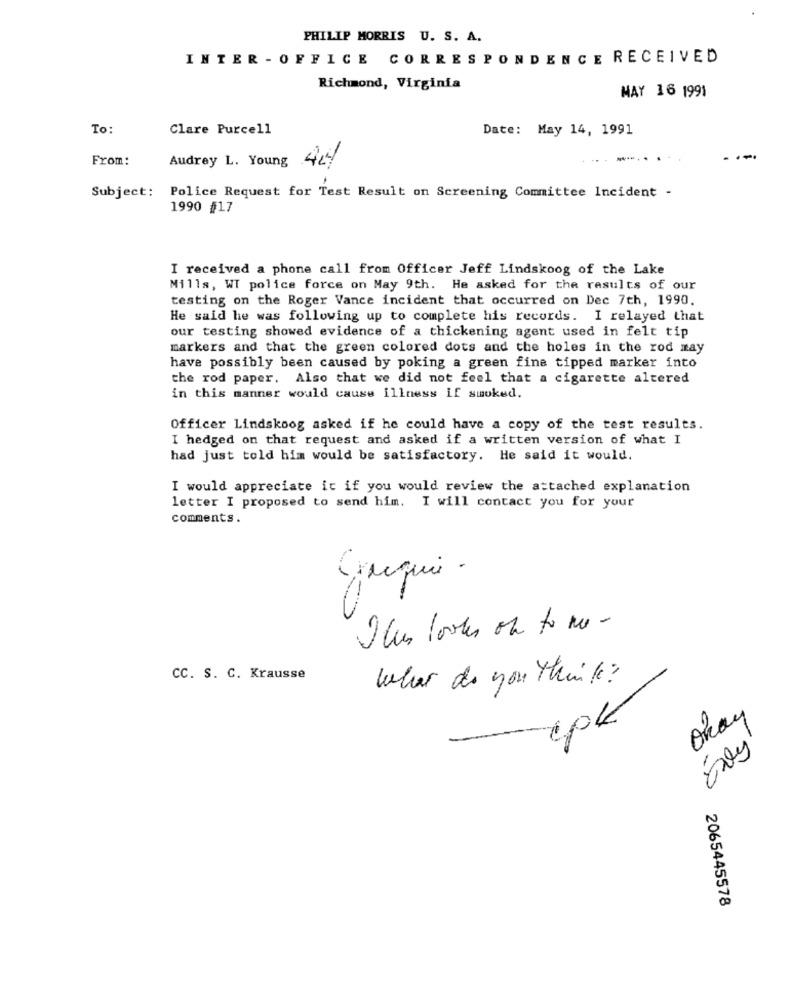
PHILIP MORRIS U. S. A.
INTER - OFFICE CORRESPONDENCE RECEIVED
Richmond, Virginia
MAY 16 1991
To:
Clare Purcell
Date: May 14, 1991
From:
Audrey L. Young
Subject:
Police Request for Test Result on Screening Committee Incident -
1990 #17
I received a phone call from Officer Jeff Lindskoog of the Lake
Mills, WI police force on May 9th. He asked for the results of our
testing on the Roger Vance incident that occurred on Dec 7th, 1990.
He said he was following up to complete his records. I relayed that
our testing showed evidence of a thickening agent used in felt tip
markers and that the green colored dots and the holes in the rod may
have possibly been caused by poking a green fine tipped marker into
the rod paper. Also that we did not feel that a cigarette altered
in this manner would cause illness if smoked.
Officer Lindskoog asked if he could have a copy of the test results.
I hedged on that request and asked if a written version of what I
had just told him would be satisfactory. He said it would.
I would appreciate it if you would review the attached explanation
letter I proposed to send him. I will contact you for your
comments
Cruqui .
This looks one to me-
CC. S. C. Krausse
what do you think ?
cpk
Okay
2065445578